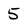
Character: 5